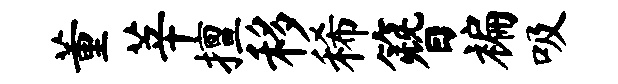
董莘擅移稀簪褊吸